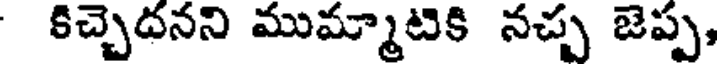
కిచ్చెదనని ముమ్మాటికి నచ్చ జెప్ప,